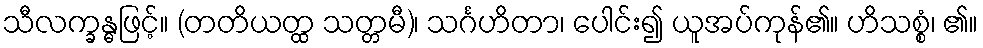
သီလက္ခန္ဓဖြင့်။ (တတိယတ္ထ သတ္တမီ)၊ သင်္ဂဟိတာ၊ ပေါင်း၍ ယူအပ်ကုန်၏။ ဟိသစ္စံ၊ ၏။